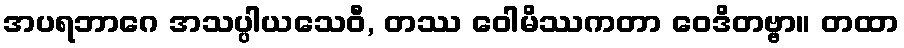
အပရဘာဂေ အသပ္ပါယသေဝီ, တဿ ဝေါမိဿကတာ ဝေဒိတဗ္ဗာ။ တထာ